Annual administration report of the Civil Veterinary Department of India - 1908-1909
Year: 1908
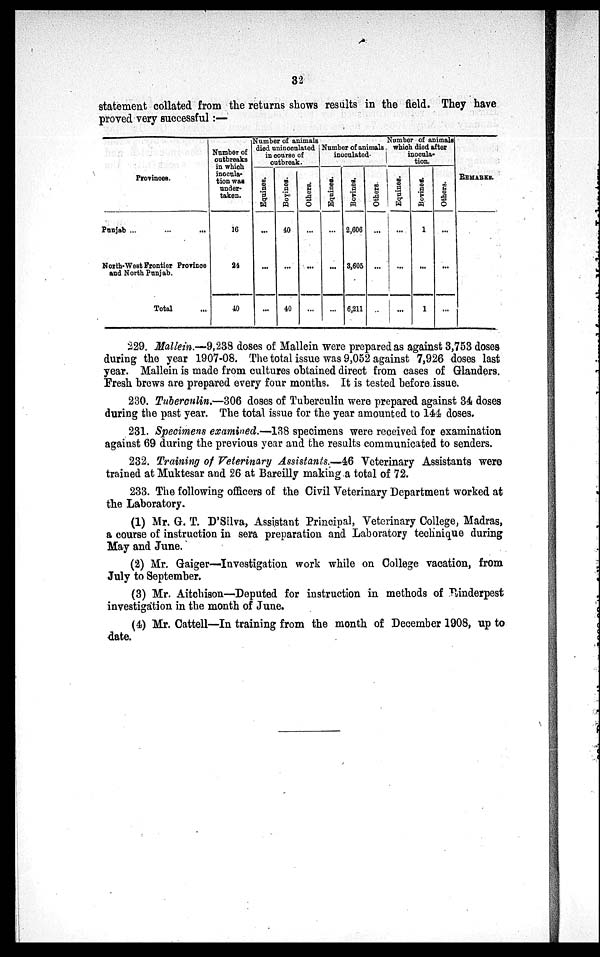
32
statement collated from the returns shows results in the field. They have
proved very successful:—
Provinces.
Punjab ... ... ...
North-West Frontier Province
and North Punjab.
Total ...
Number of
outbreaks
in which
inocula-
tion was
under-
taken.
16
24
40
Number of animate
died uninocnlated
in course of
outbreak.
Equines.
...
...
...
Bovines.
40
...
40
Others.
...
...
...
Number of animals,
inoculated.
Equines.
...
...
...
Bovines.
2,606
3,605
6,211
Others.
...
...
...
Number of animals
which died after
inocula-
tion.
Equines.
...
...
...
Bovines.
1
...
1
Others.
...
...
...
REMARKS.
229. Mallein.—9,238 doses of Mallein were prepared as against 3,753 doses
during the year 1907-08. The total issue was 9,052 against 7,926 doses last
year. Mallein is made from cultures obtained direct from cases of Glanders.
Fresh brews are prepared every four months. It is tested before issue.
230. Tuberculin.—306 doses of Tuberculin were prepared against 34 doses
during the past year. The total issue for the year amounted to 144 doses.
231. Specimens examined.—138 specimens were received for examination
against 69 during the previous year and the results communicated to senders.
232. Training of Veterinary Assistants.—46 Veterinary Assistants were
trained at Muktesar and 26 at Bareilly making a total of 72.
233. The following officers of the Civil Veterinary Department worked at
the Laboratory.
(1) Mr. G. T. D'Silva, Assistant Principal, Veterinary College, Madras,
a course of instruction in sera preparation and Laboratory technique during
May and June.
(2) Mr. Gaiger—Investigation work while on College vacation, from
July to September.
(3) Mr. Aitchison—Deputed for instruction in methods of Rinderpest
investigation in the month of June.
(4) Mr. Cattell—In training from the month of December 1908, up to
date.